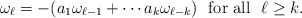
\begin{align*} \omega_\ell=-(a_1\omega_{\ell-1}+\cdots a_k\omega_{\ell-k})\mbox{ \ for all \ }\ell\ge k.\end{align*}